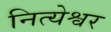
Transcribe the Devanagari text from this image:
नित्येश्वर